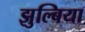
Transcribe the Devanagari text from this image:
झुल्बिया